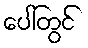
ပေါ်တွင်